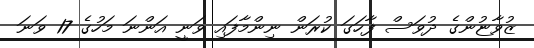
ޒުވާޏުންގެ ދުވަސް ފާހަގަ ކުރަން ނިންމާފައި ވަނީ އަންނަ މަހުގެ 17 ވަނަ